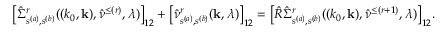
\big [ \hat { \Sigma } _ { s ^ { ( a ) } , s ^ { ( b ) } } ^ { r } ( ( k _ { 0 } , { \bf k } ) , \hat { \nu } ^ { \le ( r ) } , \lambda ) \big ] _ { 1 2 } + \big [ \hat { \nu } _ { s ^ { ( a ) } , s ^ { ( b ) } } ^ { r } ( { \bf k } , \lambda ) \big ] _ { 1 2 } = \big [ \hat { R } \hat { \Sigma } _ { s ^ { ( a ) } , s ^ { ( b ) } } ^ { r } ( ( k _ { 0 } , { \bf k } ) , \hat { \nu } ^ { \le ( r + 1 ) } , \lambda ) \big ] _ { 1 2 } .